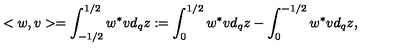
< w , v > = \int _ { - 1 / 2 } ^ { 1 / 2 } w ^ { * } v d _ { q } z : = \int _ { 0 } ^ { 1 / 2 } w ^ { * } v d _ { q } z - \int _ { 0 } ^ { - 1 / 2 } w ^ { * } v d _ { q } z ,